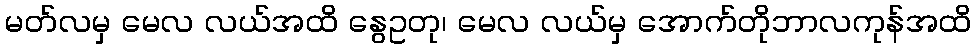
မတ်လမှ မေလ လယ်အထိ နွေဥတု၊ မေလ လယ်မှ အောက်တိုဘာလကုန်အထိ